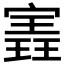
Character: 𫳽